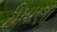
ટીમાણા